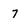
Character: 7